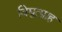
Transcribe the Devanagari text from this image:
विद्युत्प्राह